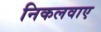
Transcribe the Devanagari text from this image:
निकलवाए